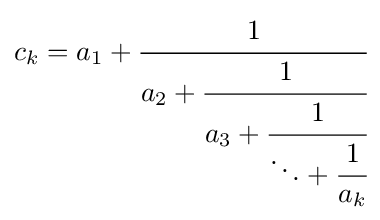
c_{k}=a_{1}+{\cfrac {1}{a_{2}+{\cfrac {1}{a_{3}+{\cfrac {1}{\ddots +{\cfrac {1}{a_{k}}}}}}}}}